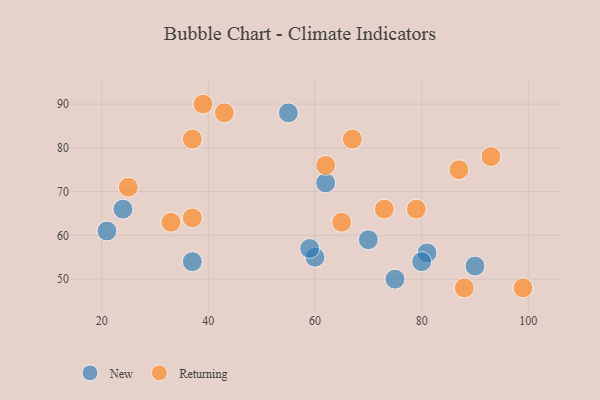
{"axis": {"x": "GDP", "y": "Life Expectancy"}, "legend": ["New", "Returning"], "data": [{"x": "75", "y": 50, "type": "New"}, {"x": "81", "y": 56, "type": "New"}, {"x": "55", "y": 88, "type": "New"}, {"x": "60", "y": 55, "type": "New"}, {"x": "24", "y": 66, "type": "New"}, {"x": "70", "y": 59, "type": "New"}, {"x": "37", "y": 54, "type": "New"}, {"x": "90", "y": 53, "type": "New"}, {"x": "80", "y": 54, "type": "New"}, {"x": "59", "y": 57, "type": "New"}, {"x": "62", "y": 72, "type": "New"}, {"x": "21", "y": 61, "type": "New"}, {"x": "25", "y": 71, "type": "Returning"}, {"x": "93", "y": 78, "type": "Returning"}, {"x": "87", "y": 75, "type": "Returning"}, {"x": "33", "y": 63, "type": "Returning"}, {"x": "62", "y": 76, "type": "Returning"}, {"x": "37", "y": 64, "type": "Returning"}, {"x": "99", "y": 48, "type": "Returning"}, {"x": "79", "y": 66, "type": "Returning"}, {"x": "73", "y": 66, "type": "Returning"}, {"x": "37", "y": 82, "type": "Returning"}, {"x": "65", "y": 63, "type": "Returning"}, {"x": "39", "y": 90, "type": "Returning"}, {"x": "88", "y": 48, "type": "Returning"}, {"x": "43", "y": 88, "type": "Returning"}, {"x": "67", "y": 82, "type": "Returning"}]}